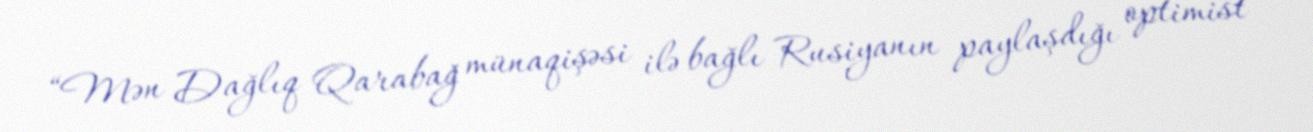
“Mən Dağlıq Qarabağ münaqişəsi ilə bağlı Rusiyanın paylaşdığı optimist